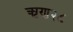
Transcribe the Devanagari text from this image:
ऋण२८